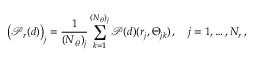
\left( \boldsymbol { \mathcal { P } } _ { r } ( \boldsymbol { d } ) \right) _ { j } = \frac { 1 } { ( \boldsymbol { N } _ { \theta } ) _ { j } } \sum _ { k = 1 } ^ { ( \boldsymbol { N } _ { \theta } ) _ { j } } \boldsymbol { \mathcal { P } } ( \boldsymbol { d } ) ( \boldsymbol { r } _ { j } , \boldsymbol { \Theta } _ { j k } ) \, , \quad j = 1 , \dots , N _ { r } \, ,